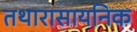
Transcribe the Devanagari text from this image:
तथारासायनिक